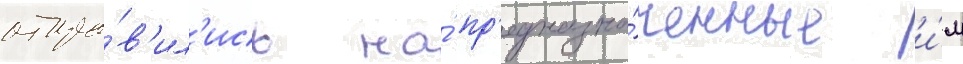
отпра́в'ил'ись на́ пр'едназна́ченные и́м